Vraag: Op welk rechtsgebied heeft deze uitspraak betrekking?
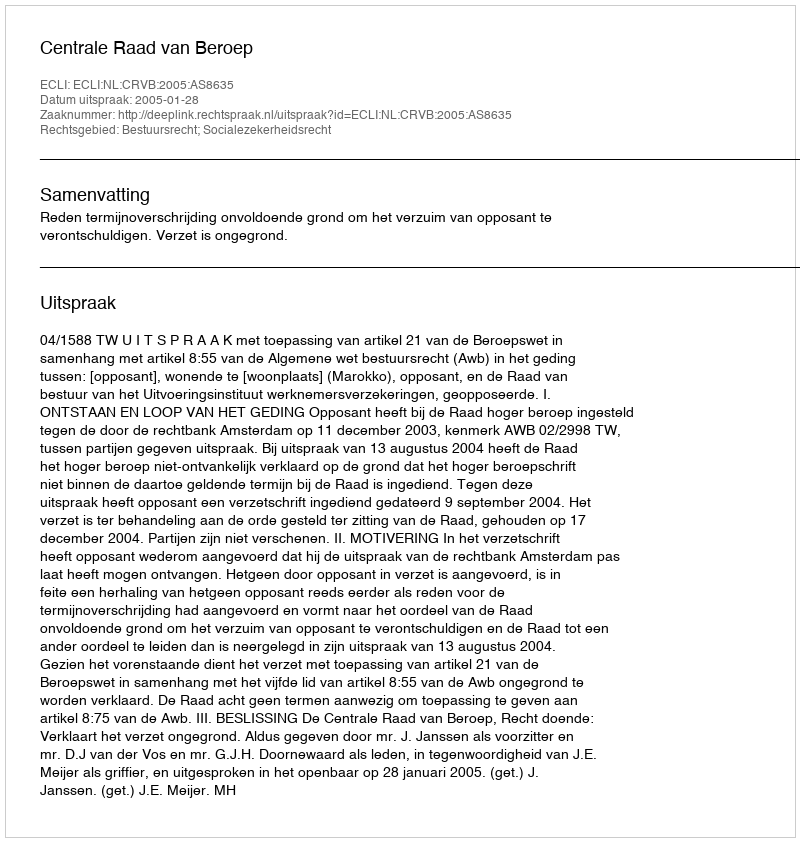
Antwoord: Bestuursrecht; Socialezekerheidsrecht